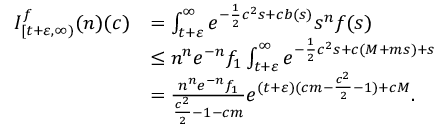
\begin{array} { r l } { I _ { [ t + \varepsilon , \infty ) } ^ { f } ( n ) ( c ) } & { = \int _ { t + \varepsilon } ^ { \infty } e ^ { - \frac { 1 } { 2 } c ^ { 2 } s + c b ( s ) } s ^ { n } f ( s ) \d s } \\ & { \leq n ^ { n } e ^ { - n } f _ { 1 } \int _ { t + \varepsilon } ^ { \infty } e ^ { - \frac { 1 } { 2 } c ^ { 2 } s + c ( M + m s ) + s } \d s } \\ & { = \frac { n ^ { n } e ^ { - n } f _ { 1 } } { \frac { c ^ { 2 } } { 2 } - 1 - c m } e ^ { ( t + \varepsilon ) ( c m - \frac { c ^ { 2 } } { 2 } - 1 ) + c M } . } \end{array}